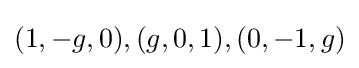
(1,-g,0),(g,0,1),(0,-1,g)